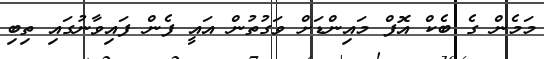
މަމެން ގެ ބެކް އޮފް މައިންޑަށް ވަގުތުން އައީ ފެން ފައިވާނުގައި ތިބި